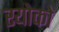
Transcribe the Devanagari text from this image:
रयोको